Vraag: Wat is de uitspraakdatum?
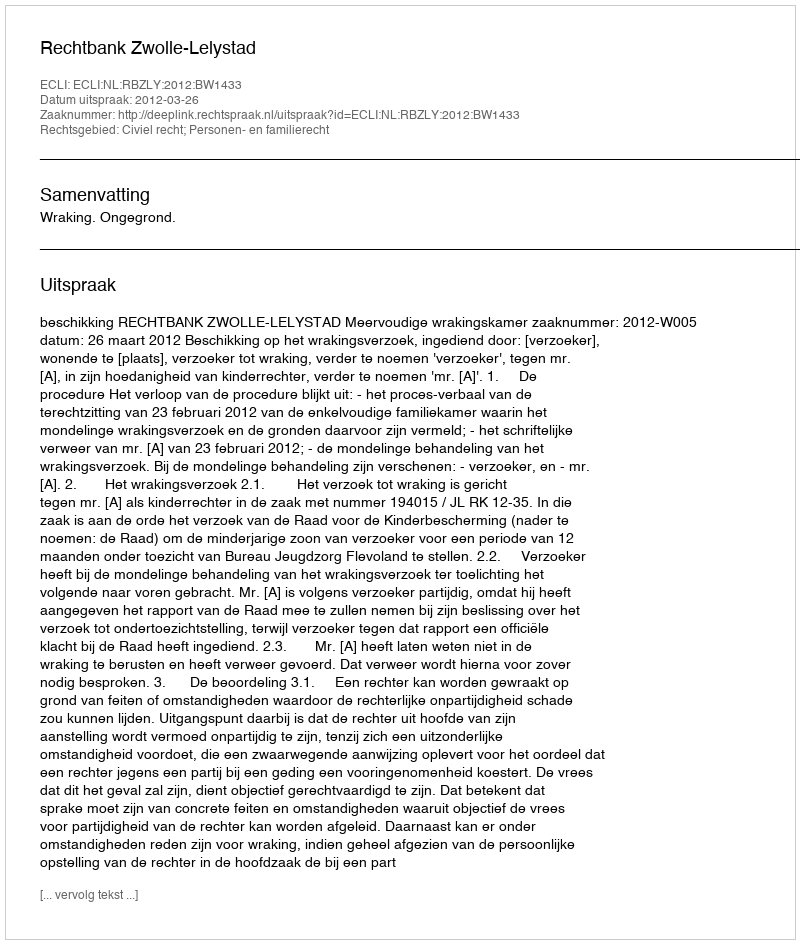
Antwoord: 2012-03-26